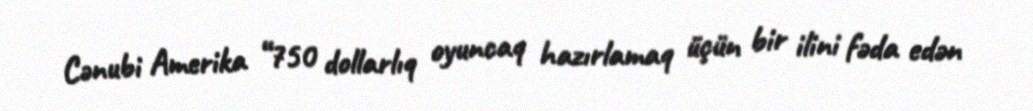
Cənubi Amerika “750 dollarlıq oyuncaq hazırlamaq üçün bir ilini fəda edən